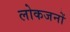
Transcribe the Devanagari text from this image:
लोकजनों